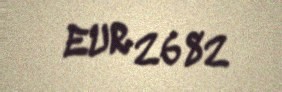
EUR 2682